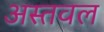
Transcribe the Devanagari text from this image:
अस्तवल